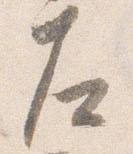
左